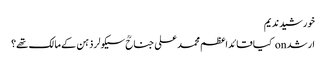
خورشید ندیم
ارشد on کیا قائداعظم محمد علی جناحؒ سیکولر ذہن کے مالک تھے؟